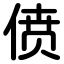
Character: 偾